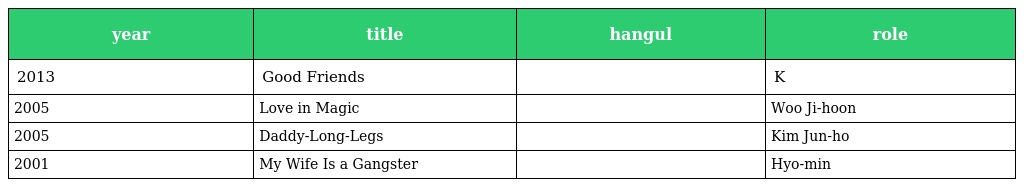
| year | title | hangul | role |
 | --- | --- | --- | --- |
 | 2013 | Good Friends | 좋은 친구들 | K |
 | 2005 | Love in Magic | 연애술사 | Woo Ji-hoon |
 | 2005 | Daddy-Long-Legs | 키다리 아저씨 | Kim Jun-ho |
 | 2001 | My Wife Is a Gangster | 조폭 마누라 | Hyo-min |